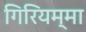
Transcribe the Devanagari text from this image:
गिरियम्मा